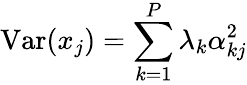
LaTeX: \operatorname{Var}(x_{j})=\sum_{k=1}^{P}\lambda_{k}\alpha_{kj}^{2}